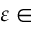
\varepsilon \in